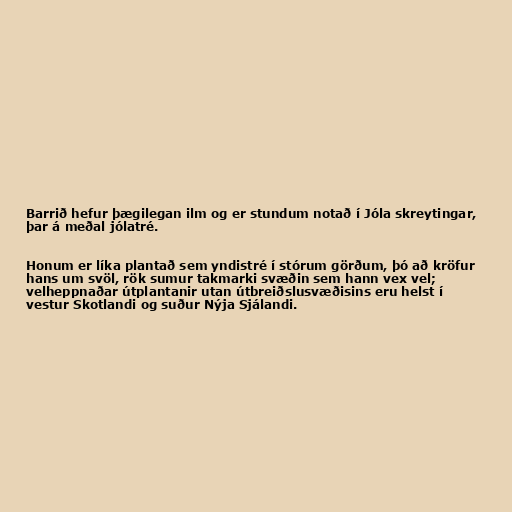
Barrið hefur þægilegan ilm og er stundum notað í Jóla skreytingar,
þar á meðal jólatré.

Honum er líka plantað sem yndistré í stórum görðum, þó að kröfur
hans um svöl, rök sumur takmarki svæðin sem hann vex vel;
velheppnaðar útplantanir utan útbreiðslusvæðisins eru helst í
vestur Skotlandi og suður Nýja Sjálandi.